Plague in India, 1896, 1897 - Volume 3
Year: 1896
Disease focus: Plague
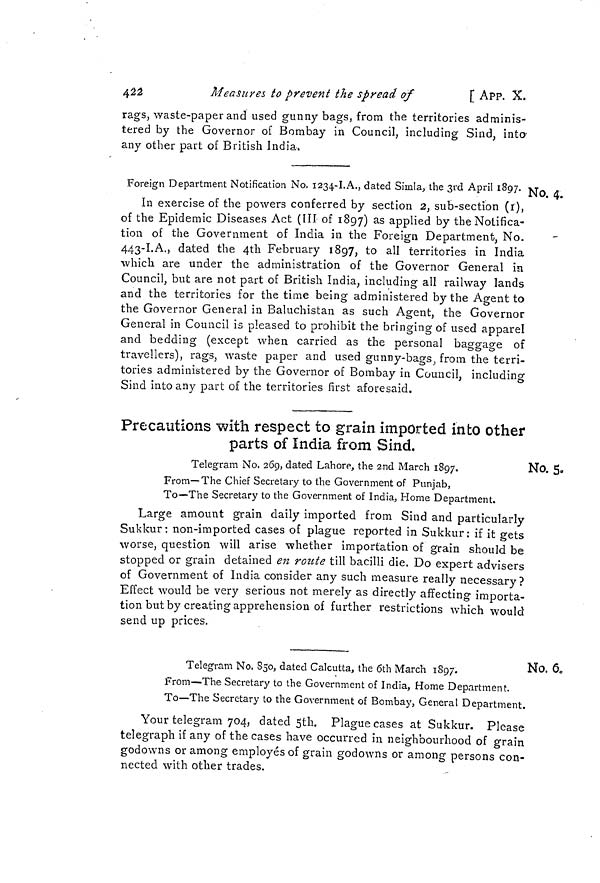
4^â
Measures to prevent the spread of
[ App. X.
rags, waste-paper and used gunny bags, from the territories adminis-
tered by the Governor of Bombay in Council, including Sind, into
any other part of British India,
No. 4.
Foreign Department Notification No. 1234-!.A., dated Simla, the 3rd April 1897. •
In exercise of the powers conferred by section 2, sub-section (i),
of the Epidemic Diseases Act (III of 1897) as applied by the Notifica-
tion of the Government of India in the Foreign Department, No.
443-1.A., dated the 4th February 1897, to all territories in India
which are under the administration of the Governor General in
Council, but are not part of British India, including all railway lands
and the territories for the time being administered by the Agent to
the Governor General in Baluchistan as such Agent, the Governor
General in Council is pleased to prohibit the bringing of used apparel
and bedding (except when carried as the personal baggage of
travellers), rags, waste paper and used gunny-bags, from the terri-
tories administered by the Governor of Bombay in Council, including
Sind into any part of the territories first aforesaid.
Precautions with respect to grain imported into other
parts of India from Sind.
No. 5.
Telegram No. 269, dated Lahore, the 2nd March 1897.
From—The Chief Secretary to the Government of Punjab,
To—The Secretary to the Government of India, Home Department.
Large amount grain daily imported from Sind and particularly
Sukkur: non-imported cases of plague reported in Sukkur: if it gets
worse, question will arise whether importation of grain should be
stopped or grain detained en rotite till bacilli die. Do expert advisers
of Government of India consider any such measure really necessary?
Effect would be very serious not merely as directly affecting importa-
tion but by creating apprehension of further restrictions which would
send up prices.
No. 6,
Telegram No. 850, dated Calcutta, the 6th March 1897.
From—The Secretary to the Government of India, Home Department.
To—The Secretary to the Government of Bombay, General Department.
Your telegram 704, dated 5th. Plague cases at Sukkur. Please
telegraph if any of the cases have occurred in neighbourhood of grain
godowns or among employés of grain godowns or among persons con-
nected with other trades.